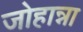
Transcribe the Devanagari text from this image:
जोहान्ना